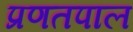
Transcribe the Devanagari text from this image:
प्रणतपाल